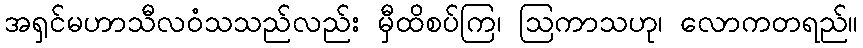
အရှင်မဟာသီလဝံသသည်လည်း မှီထိစပ်ကြ၊ ဩကာသဟု၊ လောကတရည်။